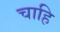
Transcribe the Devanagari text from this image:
चाहि